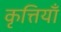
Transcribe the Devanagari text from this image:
कृत्तियाँ